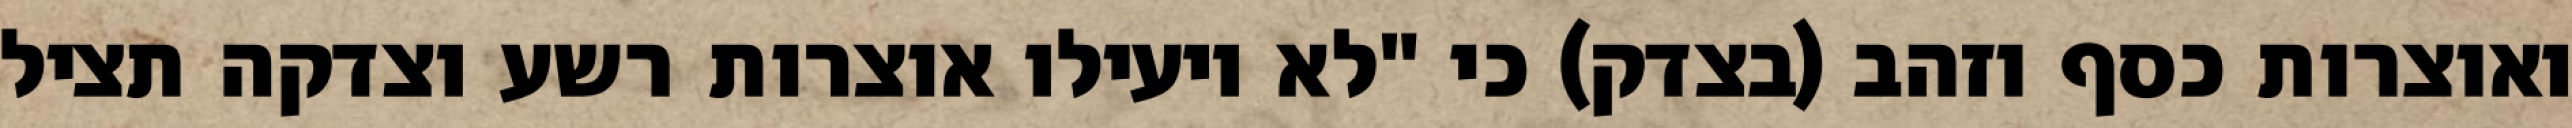
ואוצרות כסף וזהב (בצדק) כי "לא יועילו אוצרות רשע וצדקה תציל